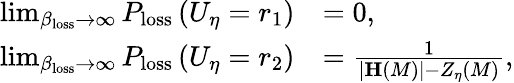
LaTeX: \begin{array}{rl}{\operatorname*{lim}_{\beta_{\mathrm{loss}}\rightarrow\infty}P_{\mathrm{loss}}\left(U_{\eta}=r_{1}\right)}&{=0,}\\ {\operatorname*{lim}_{\beta_{\mathrm{loss}}\rightarrow\infty}P_{\mathrm{loss}}\left(U_{\eta}=r_{2}\right)}&{=\frac{1}{\vert\mathbf{H}\left(M\right)\vert-Z_{\eta}\left(M\right)},}\end{array}